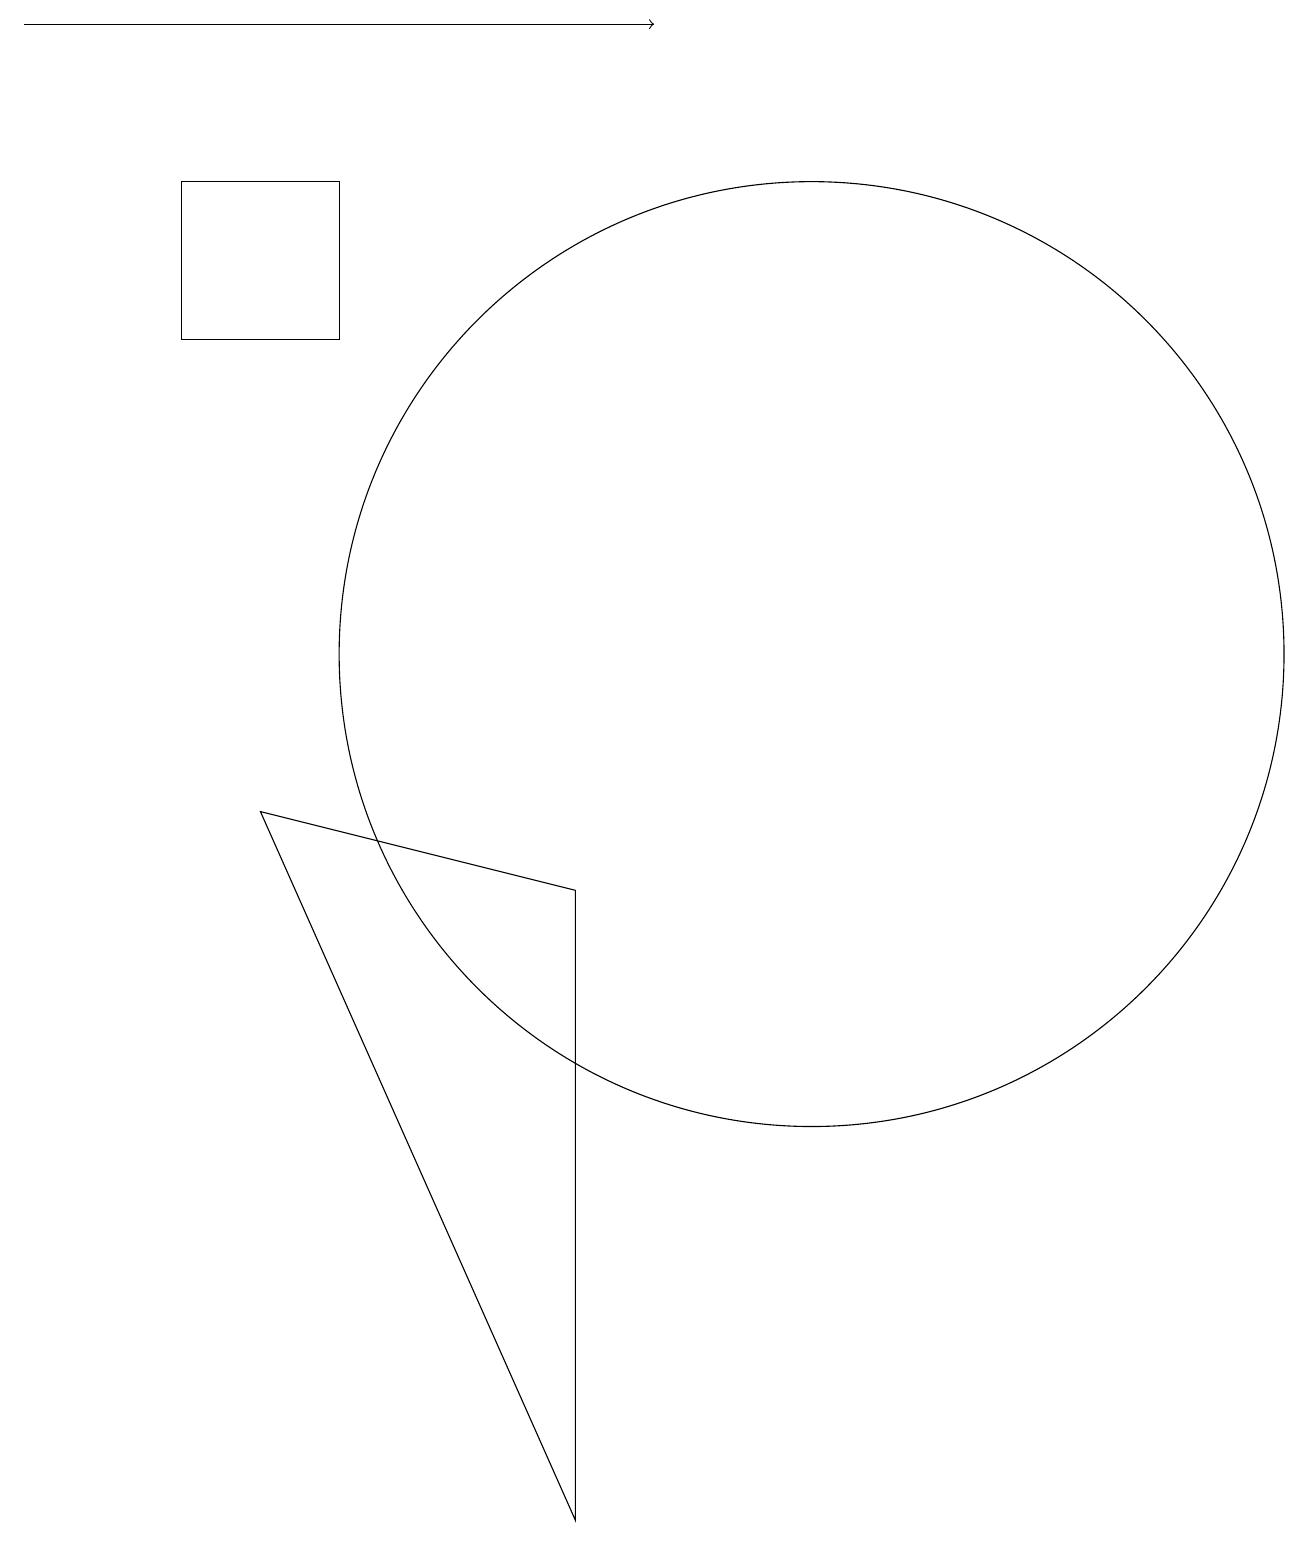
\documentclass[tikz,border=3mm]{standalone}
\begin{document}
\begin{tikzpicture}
\draw (5,15) rectangle (3,17);
\draw[->] (1,19) -- (9,19);
\draw (11,11) circle (6);
\draw (4,9) -- (8,8) -- (8,0) -- cycle;
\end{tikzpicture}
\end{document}